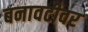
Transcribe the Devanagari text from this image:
बनावटीवर